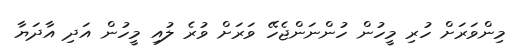
މިންވަރަށް ހުރި މީހުން ހުންނަންޖެހޭ ވަރަށް ވުރެ ލުއި މީހުން އަދި އާދަޔާ